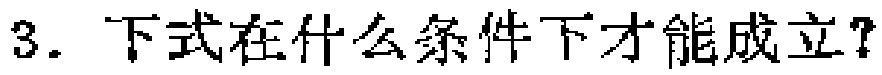
3. 下式在什么条件下才能成立？